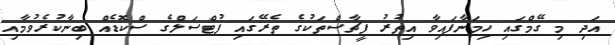
އަދި މި ގޭމްގައި ހިމަނާފައިވާ އިތުރު ފީޗާސްތަކުގެ ތެރޭގައި ފުޓްސަލްގެ ސްކޮޑެއް ބިނާކުރެވުމާއި